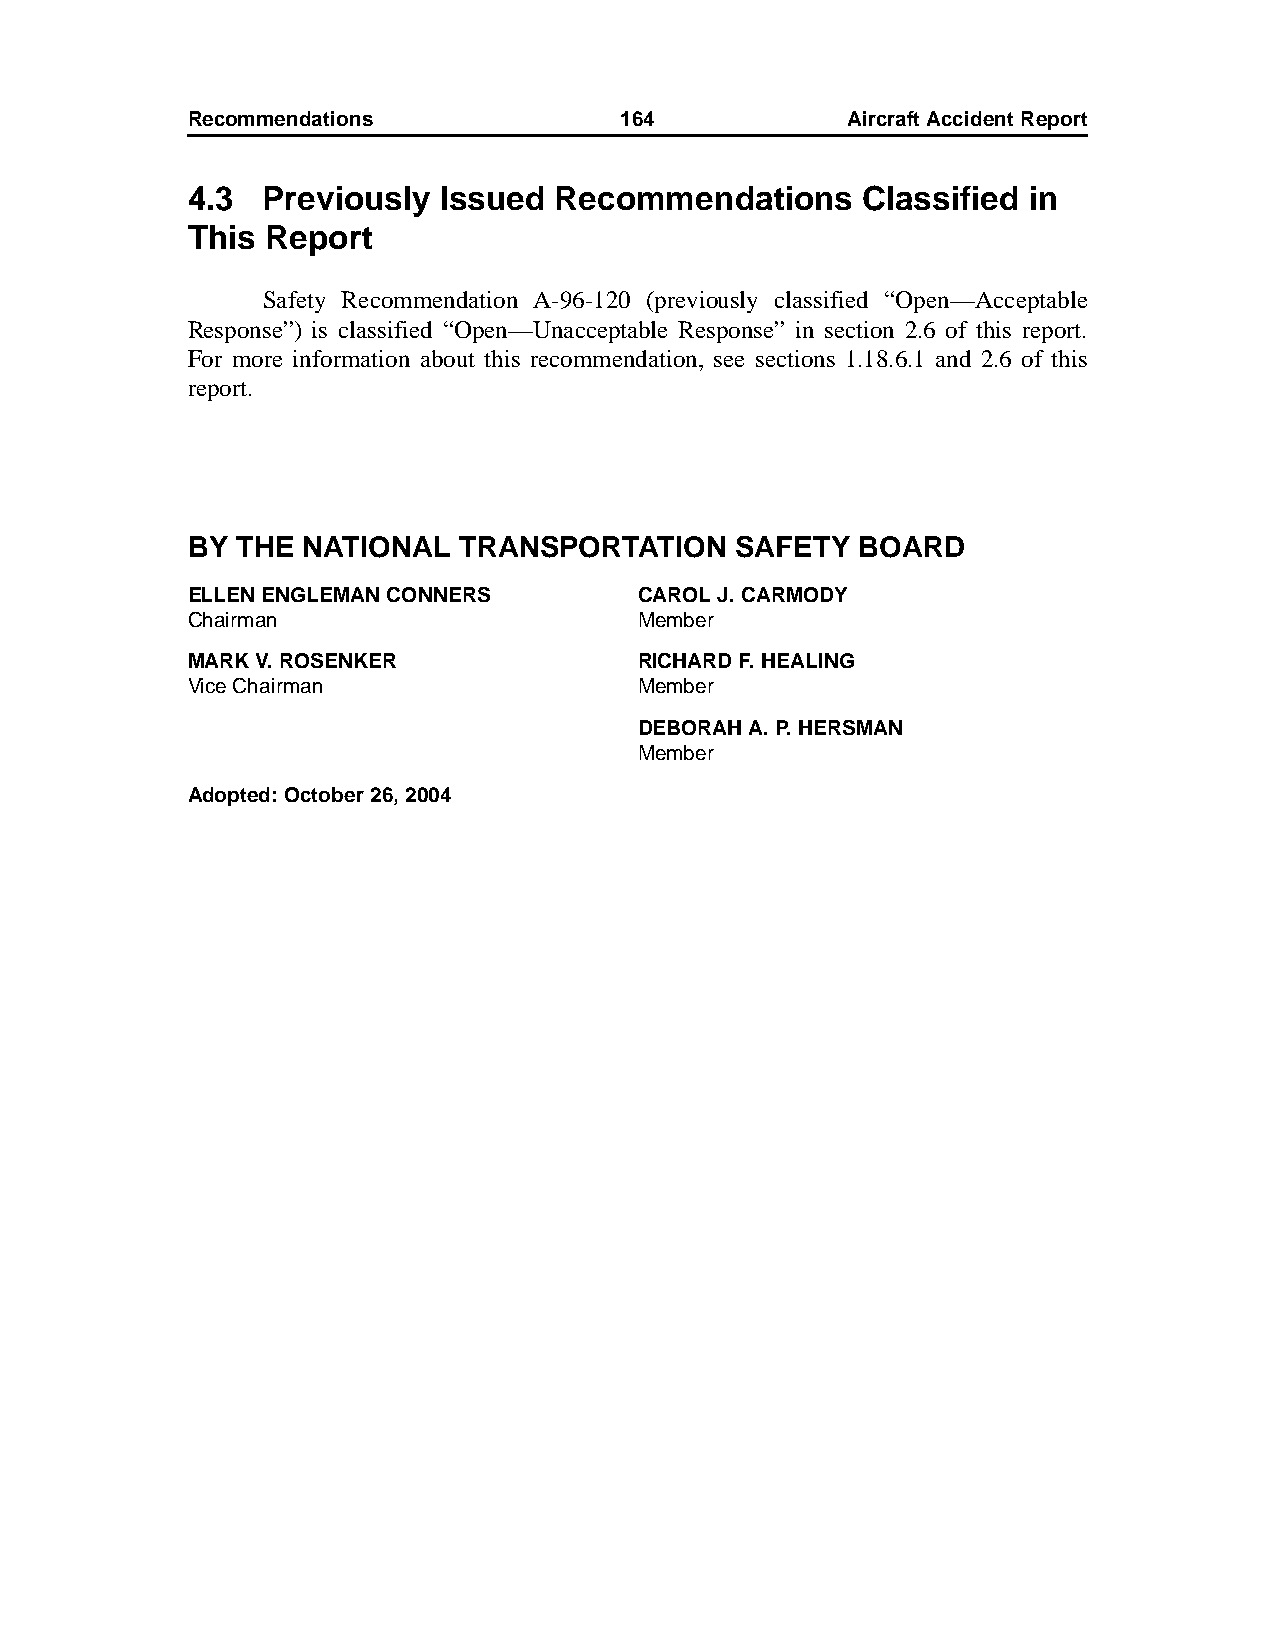
Recommendations              164            AircraftAccidentReport
 4.3  Previously  Issued  Recommendations     Classified in
 This  Report
 Safety Recommendation A-96-120 (previously classified “Open—Acceptable
 Response”) is classified “Open—Unacceptable Response” in section 2.6 of this report.
 For more information about this recommendation, see sections 1.18.6.1 and 2.6 of this
 report.
 BY  THE NATIONAL  TRANSPORTATION     SAFETY  BOARD
 ELLEN ENGLEMAN CONNERS        CAROL J. CARMODY
 Chairman                      Member
 MARK V. ROSENKER              RICHARD F. HEALING
 Vice Chairman                 Member
 DEBORAH A. P. HERSMAN
 Member
 Adopted: October 26, 2004